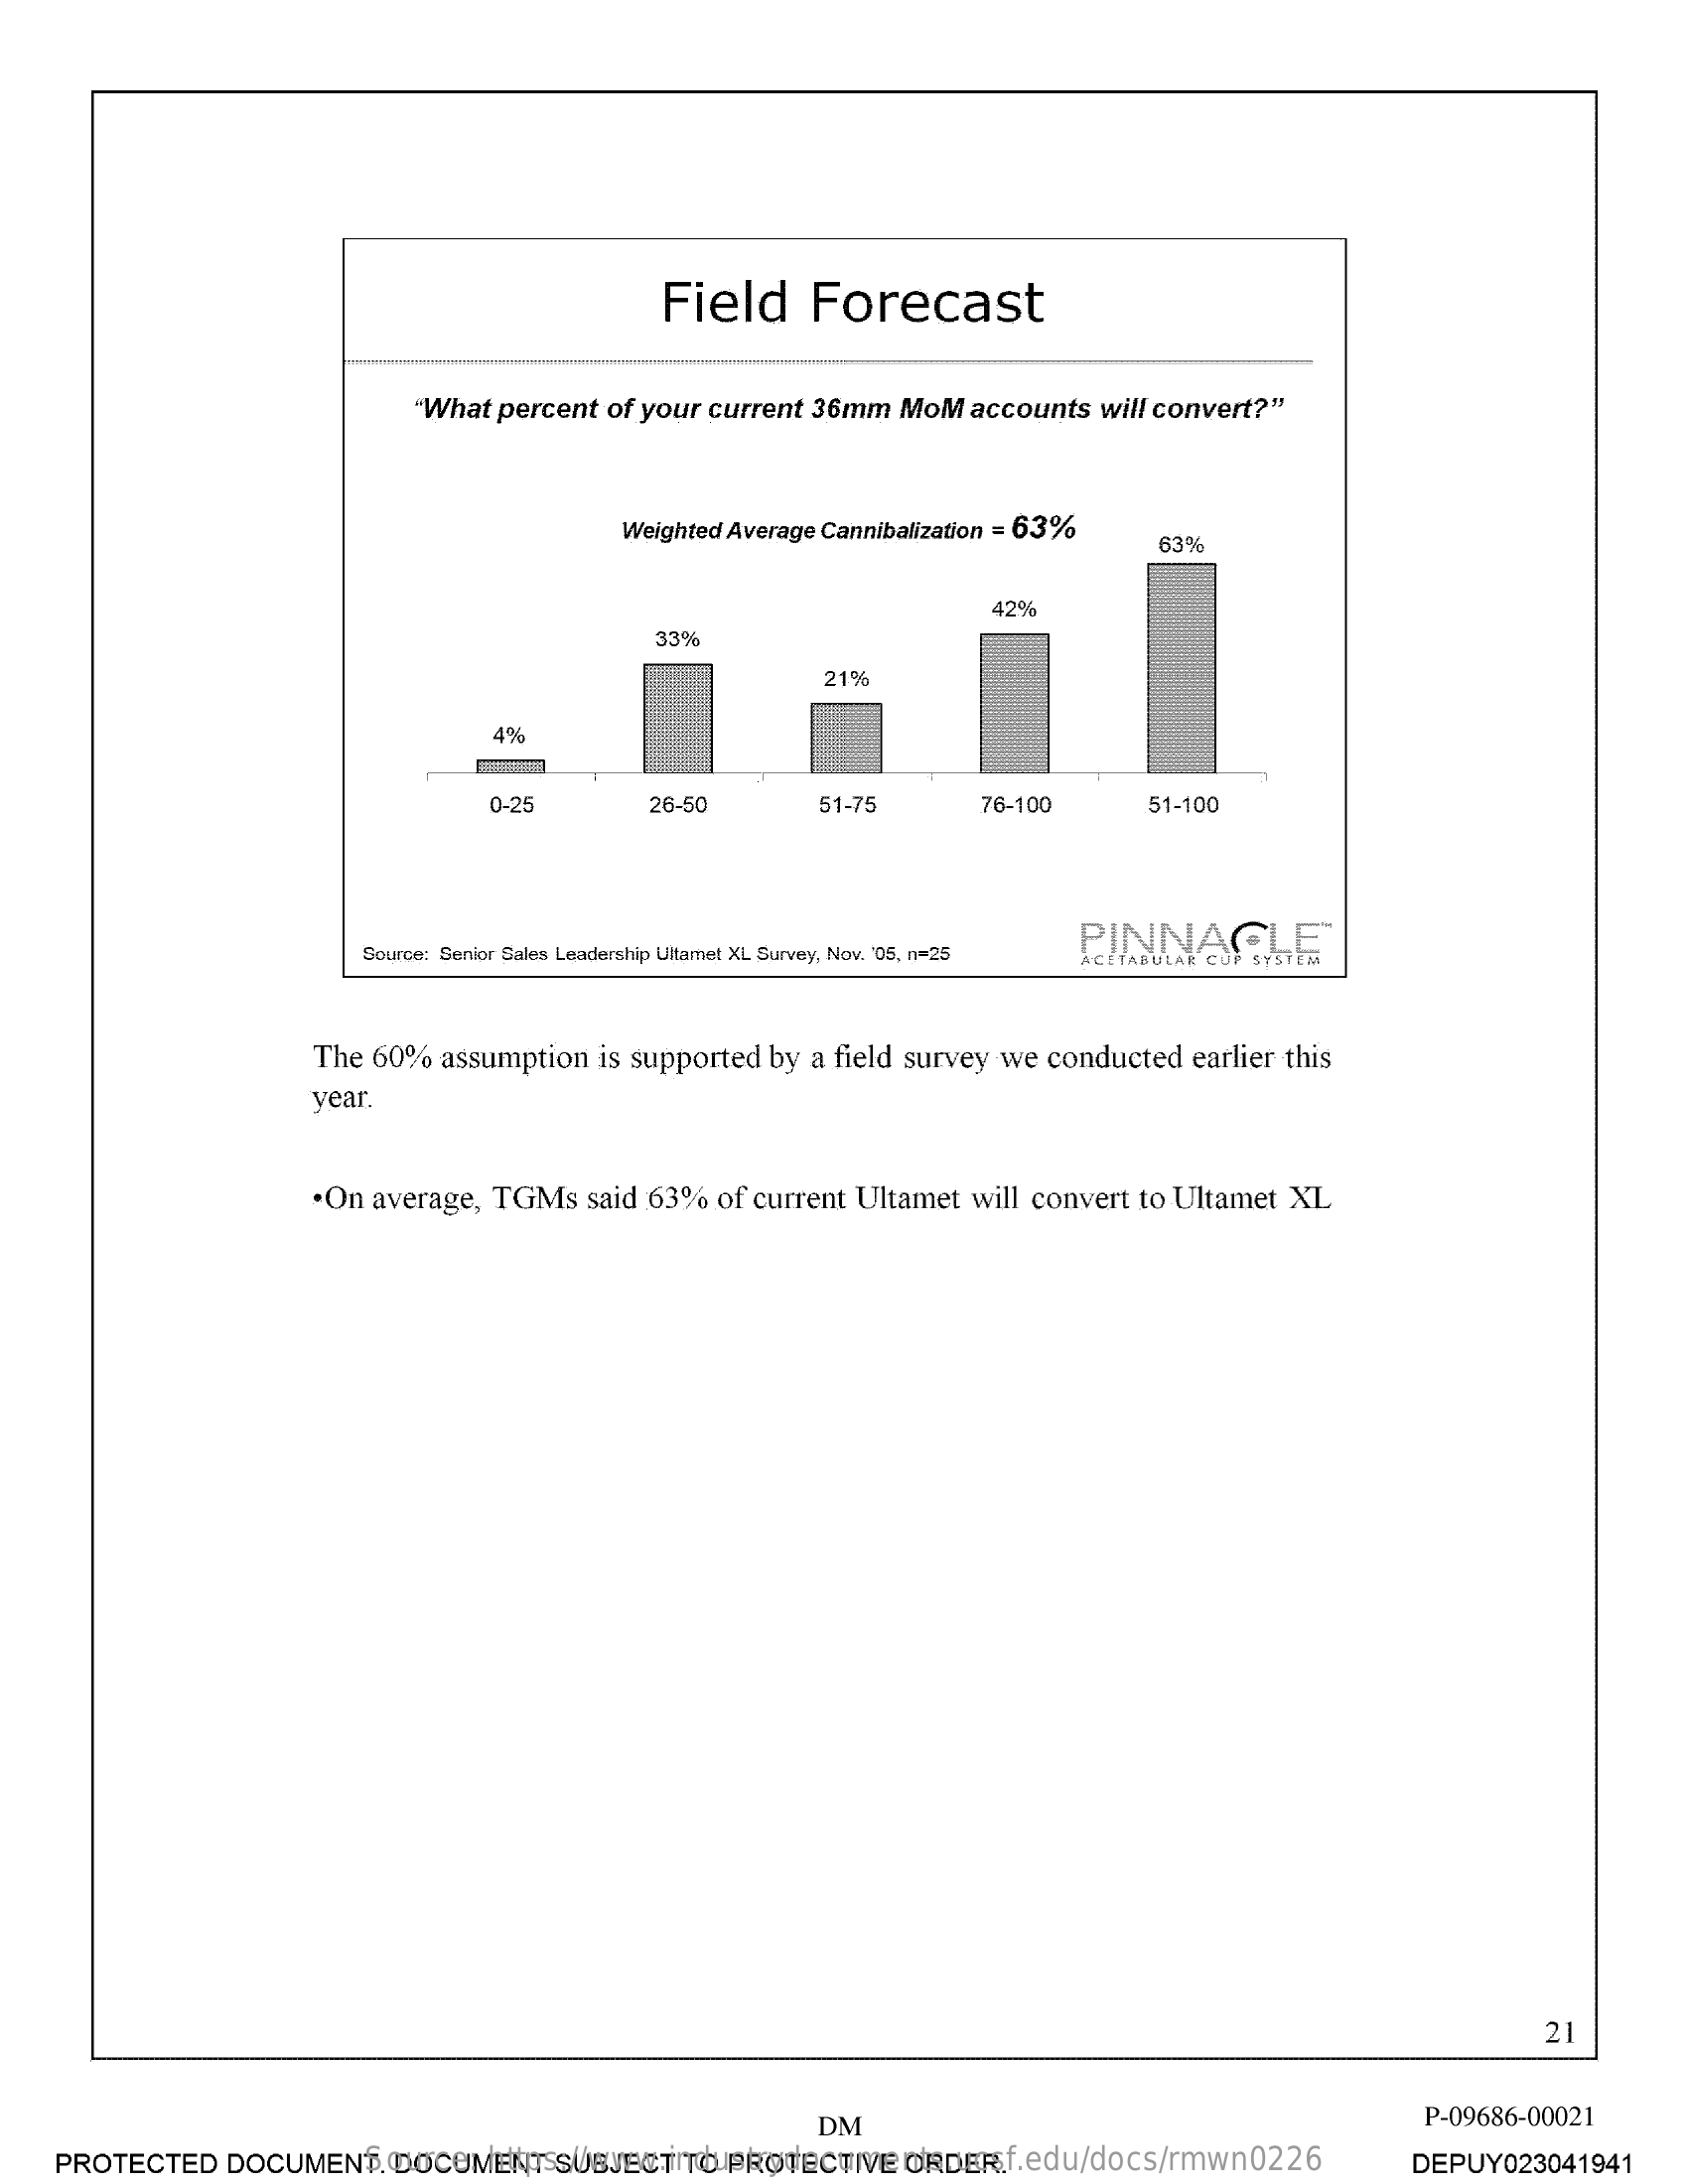
Field    Forecast
     "What percent of your current 36mm   MoM   accounts  will convert?"
     Weighted Average Cannibalization = 63%
     63%
     42%
     33%
     21%
     4%
     0-25    26-50    51-75    76-100    51-100
     Source: Senior Sales Leadership Ultamet XL Survey, Nov. '05, n=25 PINNA
     The 60%  assumption   is supported by a field survey we  conducted  earlier this
     year.
     .On average,  TGMs   said 63%  of current Ultamet  will convert to Ultamet  XL
     21
     DM    P-09686-00021
     Source:   https://www.industrydocuments.ucsf.edu/docs/rmwn0226 PROTECTED DOCUMENT. DOCUMENT SUBJECT TO PROTECTIVE ORDER. DEPUY023041941